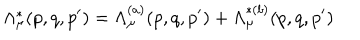
\Lambda _ { \mu } ^ { \ast } ( p , q , p ^ { \prime } ) = \Lambda _ { \mu } ^ { ( a ) } ( p , q , p ^ { \prime } ) + \Lambda _ { \mu } ^ { \ast ( b ) } ( p , q , p ^ { \prime } )